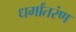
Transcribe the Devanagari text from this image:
धर्मांतरंण